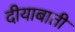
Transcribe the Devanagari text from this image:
दीयाबाती